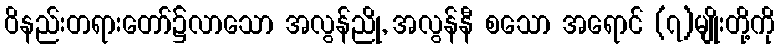
ဝိနည်းတရားတော်၌လာသော အလွန်ညို, အလွန်နီ စသော အရောင် (၇)မျိုးတို့ကို